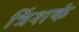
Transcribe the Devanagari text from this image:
त्रिंशकं